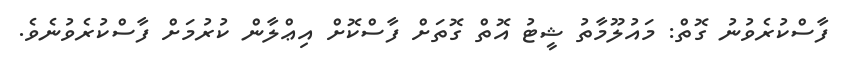
ފާސްކުރެވުނު ގޮތް: މައުލޫމާތު ޝީޓު އޮތް ގޮތަށް ފާސްކޮށް އިޢްލާން ކުރުމަށް ފާސްކުރެވުނެވެ.